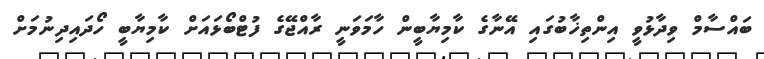
ބައްސާމް ވިދާޅުވީ އިންތިޚާބުގައި އޭނާގެ ކާމިޔާބީން ހާމަވަނީ ރާއްޖޭގެ ފުޓްބޯޅައަށް ކާމިޔާބީ ހޯދައިދިނުމަށް